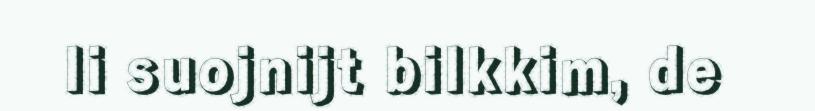
li suojnijt bilkkim, de